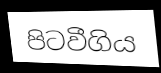
පිටවීගිය